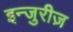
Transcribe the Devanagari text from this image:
इन्जुरीज़